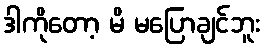
ဒါကိုတော့ မိ မပြောချင်ဘူး